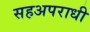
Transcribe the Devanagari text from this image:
सहअपराधी